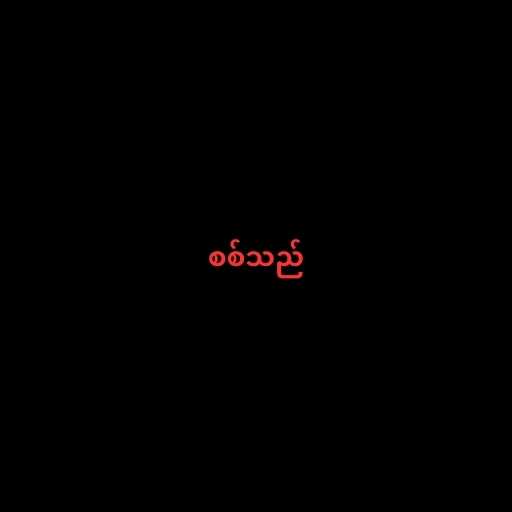
စစ်သည်